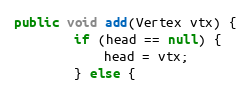
Language: Java
public void add(Vertex vtx) {
        if (head == null) {
            head = vtx;
        } else {